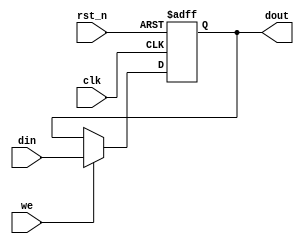
/*----------------------------------------------------------------
        
        WIDTH 
----------------------------------------------------------------*/

module Buffer
       # (parameter WIDTH = 32)
       (
           input   wire                 clk,
           input   wire                 rst_n,
           input   wire                 we,
           input   wire [WIDTH-1: 0]    din,
           output  wire [WIDTH-1: 0]    dout
       );

reg [WIDTH-1: 0] buff;

/***************************************************************
                        
****************************************************************/

assign dout = buff;

/***************************************************************
                        
****************************************************************/

always @(posedge clk or negedge rst_n) begin
    if (~rst_n) begin
        buff[WIDTH-1: 0] <= 0;
    end
    else if (we) begin
        buff[WIDTH-1: 0] <= din[WIDTH-1: 0];
    end
end

endmodule